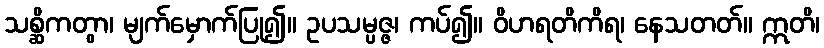
သစ္ဆိကတွာ၊ မျက်မှောက်ပြု၍။ ဥပသမ္ပဇ္ဇ၊ ကပ်၍။ ဝိဟရတိကိရ၊ နေသတတ်။ ဣတိ၊